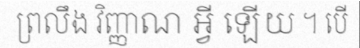
ព្រលឹង វិញ្ញាណ អ្វី ឡើយ ។ បើ